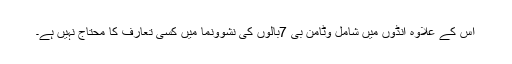
اس کے علاوہ انڈوں میں شامل وٹامن بی 7بالوں کی نشوونما میں کسی تعارف کا محتاج نہیں ہے۔